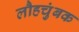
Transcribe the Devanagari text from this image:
लौहचुंबक